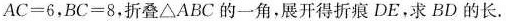
$$A C = 6$$，$$B C = 8$$，折叠△ABC的一角，展开得折痕DE。求BD的长.